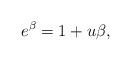
LaTeX: \begin{align*}e^\beta=1+u \beta,\end{align*}